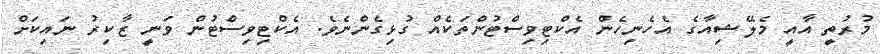
މުރުތީ އާއީ މެލޭޝިއާގެ އެހެނިހެން އެކްޓިވިސްޓުންތަކެއް ގުޅިގެންނެވެ. އެކްޓިވިސްޓުން ވަނީ ޒާކިރު ނައިކަށް